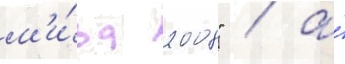
м'и́ра 2008" / а́